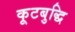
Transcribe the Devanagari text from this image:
कूटबुद्धि